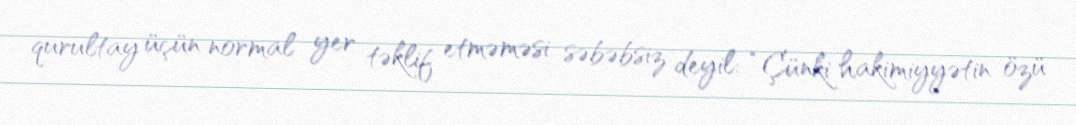
qurultay üçün normal yer təklif etməməsi səbəbsiz deyil: “Çünki hakimiyyətin özü